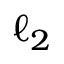
\ell _ { 2 }